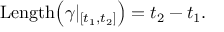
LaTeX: \operatorname { L e n g t h } \! \left( \gamma | _ { [ t _ { 1 } , t _ { 2 } ] } \right) = t _ { 2 } - t _ { 1 } .